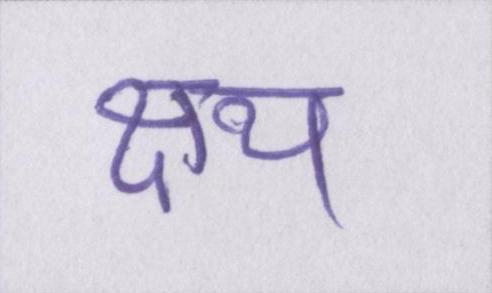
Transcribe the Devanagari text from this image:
क्षय